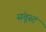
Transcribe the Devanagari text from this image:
संतुस्ट